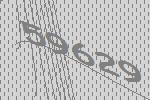
59629